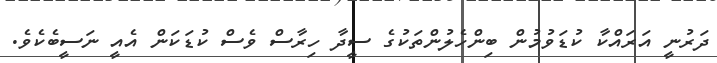
ދަރުނީ އަރައްކާ ކުޑަވުމުން ބިންހެލުންތަކުގެ ސީދާ ހިރާސް ވެސް ކުޑަކަން އެއީ ނަސީބެކެވެ.